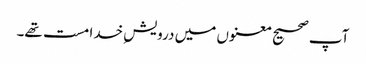
آپ صحیح معنوں میں درویشِ خدا مست تھے۔